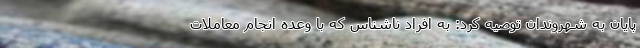
پایان به شهروندان توصیه کرد: به افراد ناشناس که با وعده انجام معاملات